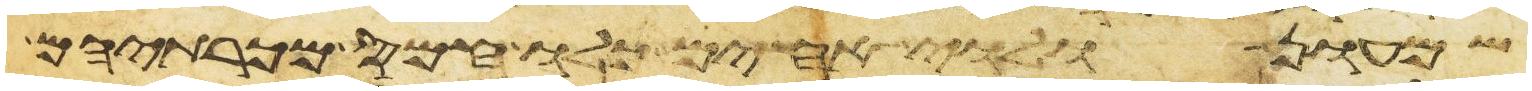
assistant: שמעון ולוי אחים כלו חמס מכרתיהם